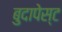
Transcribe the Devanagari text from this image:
बुदापेस्ट